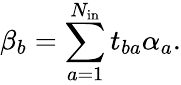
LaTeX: \beta_{b}=\sum_{a=1}^{N_{\mathrm{in}}}t_{ba}\alpha_{a}.